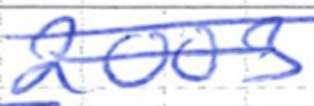
Text: 2003
Cross-out: mix
Writing tool: ballpoint